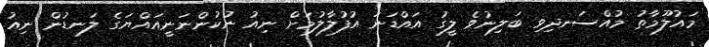
މައުލޫމާތު މުއްސަނދިވި ބަލިނުވެ ލީގު އައްޑަނަ އުފުލާލުމަށް ނިއު ނުކުންނަނީއައްޔަގެ ލަނޑުން ނިއު